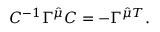
C ^ { - 1 } \Gamma ^ { \hat { \mu } } C = - \Gamma ^ { \hat { \mu } T } .